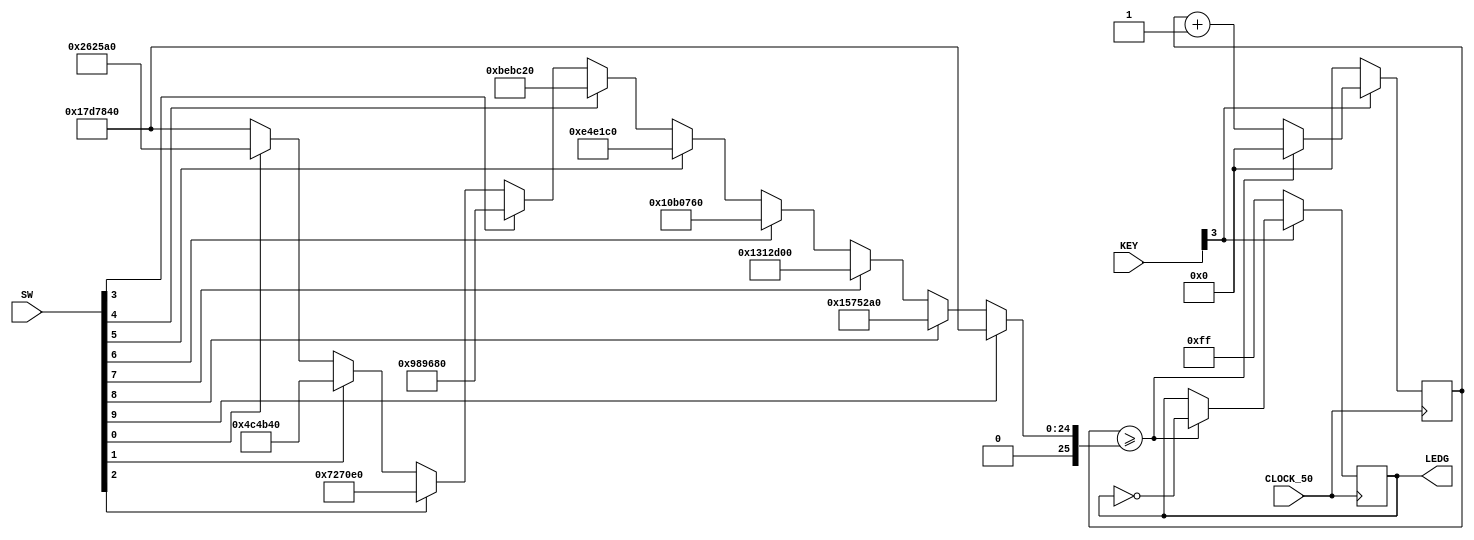
module T2(
	input [0:3] KEY,
	input [0:9] SW,
	input CLOCK_50,
	output reg [7:0] LEDG
);
	reg[25:0] timecounter;
	reg[25:0] tetoBlink;

	always @(posedge CLOCK_50)begin
		if(SW[0] == 1)
			tetoBlink = 25000000;
		else if(SW[1] == 1)
			tetoBlink = 22500000;
		else if(SW[2] == 1)
			tetoBlink = 20000000;
		else if(SW[3] == 1)
			tetoBlink = 17500000;
		else if(SW[4] == 1)
			tetoBlink = 15000000;
		else if(SW[5] == 1)
			tetoBlink = 12500000;
		else if(SW[6] == 1)
			tetoBlink = 10000000;
		else if(SW[7] == 1)
			tetoBlink = 7500000;
		else if(SW[8] == 1)
			tetoBlink = 5000000;
		else if(SW[9] == 1)
			tetoBlink = 2500000;
		else
			tetoBlink = 25000000; // Valor de SW 0
			
		if (KEY[0] == 0) begin
			LEDG <= 8'b11111111;
			timecounter <= 0; 
			tetoBlink <= 0;
		end
		else begin		
			if(timecounter >= tetoBlink)
			begin
				LEDG <= ~LEDG;
				timecounter <= 0;
			end
			else
				timecounter <= timecounter + 1;
		end		
	end

endmodule